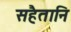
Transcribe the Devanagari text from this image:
सहैतानि